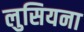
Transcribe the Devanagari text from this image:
लुसियना